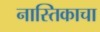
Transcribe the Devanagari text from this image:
नास्तिकाचा